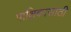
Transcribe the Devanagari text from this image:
पाक्षिकासाठी